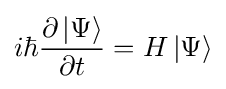
i\hbar {\frac {\partial \left|\Psi \right\rangle }{\partial t}}=H\left|\Psi \right\rangle